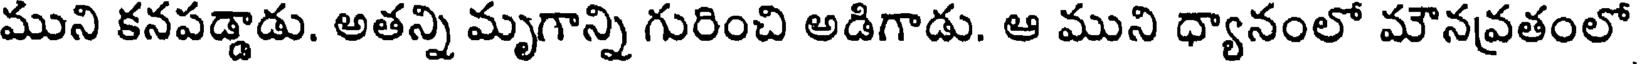
ముని కనపడ్డాడు. అతన్ని మృగాన్ని గురించి అడిగాడు. ఆ ముని ధ్యానంలో మౌనవ్రతంలో